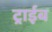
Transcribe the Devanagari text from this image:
ट्राईब